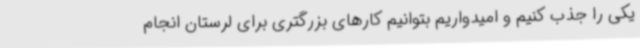
یکی را جذب کنیم و امیدواریم بتوانیم کارهای بزرگتری برای لرستان انجام